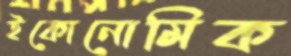
ইকোনোমিক